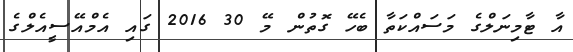
އާ ޓާމިނަލްގެ މަސައްކަތާ ބެހޭ ގޮތުން މޭ 30 2016 ގައި އެމްއޭސީއެލްގެ